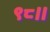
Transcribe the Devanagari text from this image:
९८।।